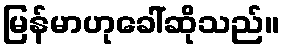
မြန်မာဟုခေါ်ဆိုသည်။